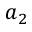
a _ { 2 }